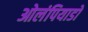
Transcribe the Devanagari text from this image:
ओलंपियाडों